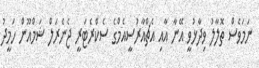
ނަމަވެސް ތޮލާލު ވިދާޅުވީ އޭނާ އާއި އެޗްއާރުސީއެމްގެ ސެކްރެޓަރީ ޖެނެރަލް ޝަމްއޫން ހަމީދު